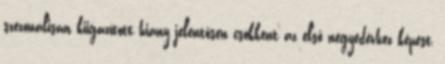
szezonálisan kiigazított hiány jelentősen csökkent az első negyedévhez képest,